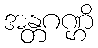
အန္တဂဏ္ဌိ